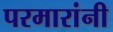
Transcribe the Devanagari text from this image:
परमारांनी